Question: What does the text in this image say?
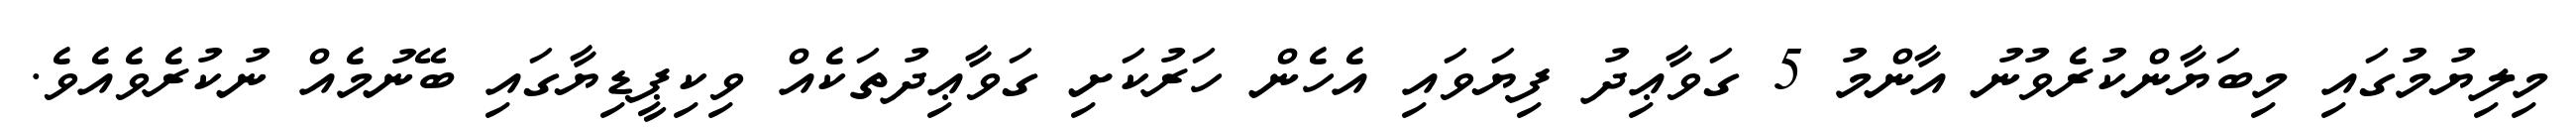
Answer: މިލިޔުމުގައި މިބަޔާންކުރެވުނު އާންމު 5 ގަވާޢިދު ފިޔަވައި އެހެން ހަރުކަށި ގަވާޢިދުތަކެއް ވިކިޕީޑިޔާގައި ބޭނުމެއް ނުކުރެވެއެވެ.